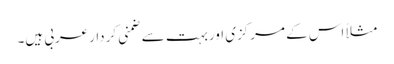
مثلاً اس کے مرکزی اوربہت سے ضمنی کردارعربی ہیں۔